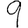
Digit: 9